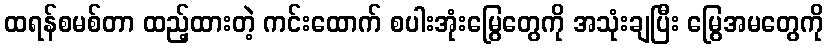
ထရန်စမစ်တာ ထည့်ထားတဲ့ ကင်းထောက် စပါးအုံးမြွေတွေကို အသုံးချပြီး မြွေအမတွေကို